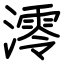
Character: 澪